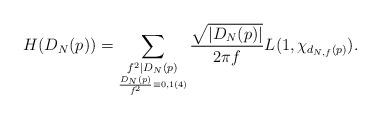
LaTeX: \begin{align*} {H(D_N(p))}&= \sum_{\underset{\frac{D_N(p)}{f^2}\equiv 0,1 (4)}{f^2\mid D_N(p)}}\frac{\sqrt{|D_N(p)|}}{2\pi f}L(1,\chi_{d_{N,f}(p)}). \end{align*}